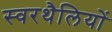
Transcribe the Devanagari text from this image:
स्वरथैलियों